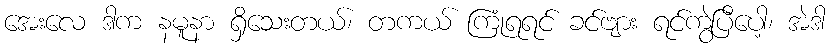
အေးလေ ဒါက နမူနာ ရှိသေးတယ်၊ တကယ် ကြုံရရင် ခင်ဗျား ရင်ကွဲပြီပေါ့၊ အဲဒါ